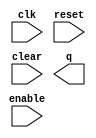
module Counter(
    input            clk,
    input            reset,
    input            enable,
    input            clear,
    output reg [3:0] q
);

// YOU NEED TO EDIT THE ALWAYS BLOCK TO IMPLEMENT THE COUNTER

always @(posedge clk, posedge reset) begin
end

endmodule